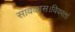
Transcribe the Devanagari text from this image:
सावकास।विवरतां